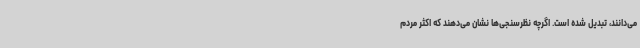
می‌دانند، تبدیل شده است. اگرچه نظرسنجی‌ها نشان می‌دهند که اکثر مردم